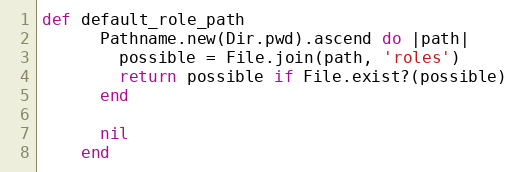
Language: Ruby
def default_role_path
      Pathname.new(Dir.pwd).ascend do |path|
        possible = File.join(path, 'roles')
        return possible if File.exist?(possible)
      end

      nil
    end